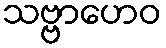
သဗ္ဗာဟေဝ